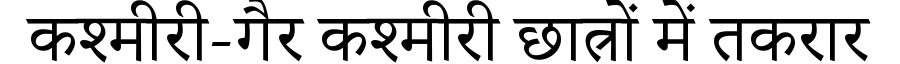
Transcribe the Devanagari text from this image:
कश्मीरी-गैर कश्मीरी छात्रों में तकरार